Report on sanitation, dispensaries, and jails in Rajputana for 1916, and on vaccination for the year 1916-1917 - 1916-1917
Year: 1916
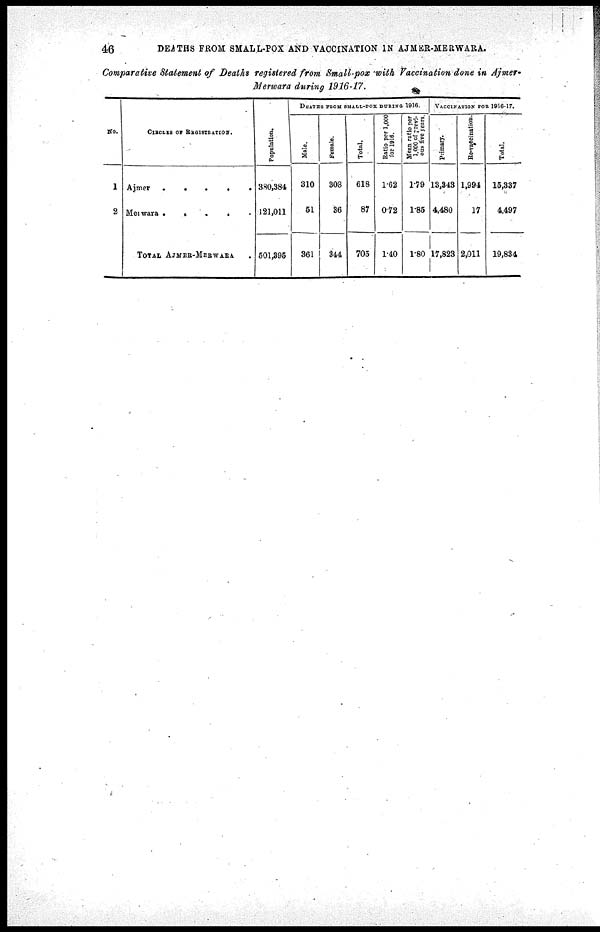
46
DEATHS FROM SMALL-POX AND VACCINATION IN AJMER-MERWARA.
Comparative Statement of Deaths registered from Small-pox with Vaccination done in Ajmer¬
Merwara during 1916-17.
No.
1
2
CIRCLES OF RAGISTRATION.
Ajmer
.....
Merwara
.....
TOTAL AJMER-MERWARA.
Population.
380,384
121,011
501,395
DEATHS FROM SMALL-POX DURING 1916.
Male.
310
51
361
Female.
308
36
344
Total.
618
87
705
Ratio per 1,000
for 1916.
1.62
0.72
1.40
Mean ratio per
1,000 of previ-
ous five years.
1.79
1.85
1.80
VACCINATION FOR 1916-17.
Primary.
13,343
4,480
17,823
Re-vaccination.
1,994
17
2,011
Total.
15,337
4,497
19,834